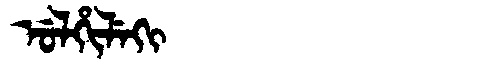
Manchu: ᡠᠯᡥᡳᠯᡝᡴᡳ
Romanization: ULHILEKI